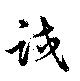
試